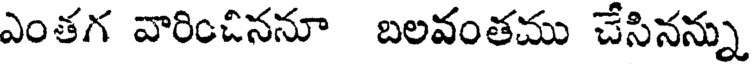
ఎంతగ వారించిననూ బలవంతము చేసినన్ను